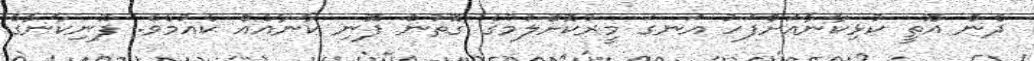
ދެން އޮތީ ކުޅިކާނާއަށްފަހު އަނގަ މީރުކޮށްލުމުގެ ގޮތުން ފޮނި ކާނާއެއް ކެއުމެވެ. ފޮނިކާނާގެ